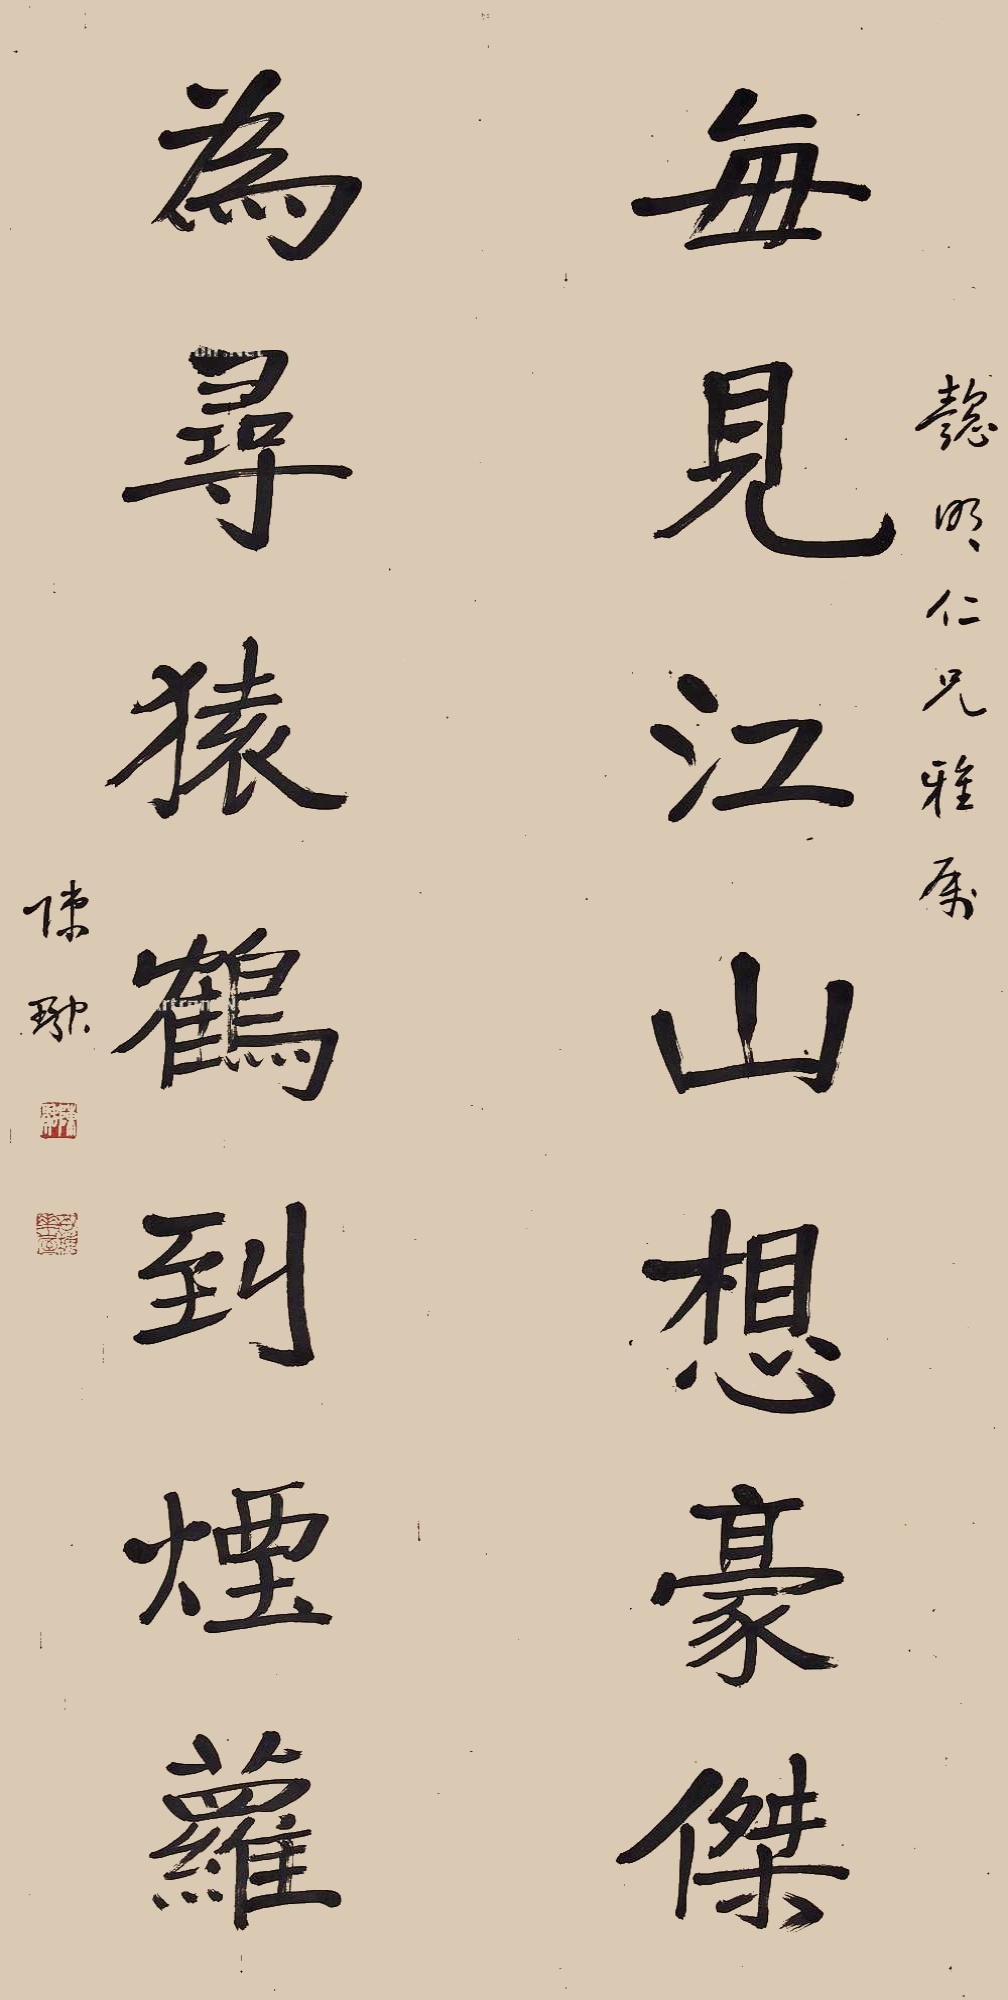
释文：每见江山想豪杰，为寻猿鹤到烟萝。懿明仁兄雅属，陈融。